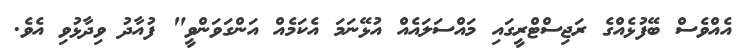
އެއްވެސް ބޭފުޅެއްގެ ރަޖިސްޓްރީގައި މައްސަލައެއް އުޅޭނަމަ އެކަމެއް އަންގަވަންވީ" ފުއާދު ވިދާޅުވި އެވެ.